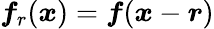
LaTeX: \boldsymbol f_{r}(\boldsymbol x)=\boldsymbol f(\boldsymbol x-\boldsymbol r)